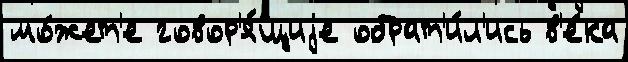
мо́жет'е говор'я́щиjе обрат'и́л'ись в'е́ка